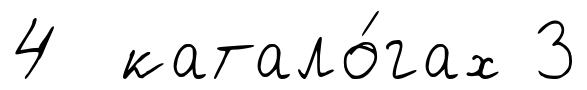
4 катало́гах 3